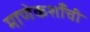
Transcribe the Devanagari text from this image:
माणेकशाँची